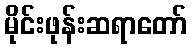
မိုင်းဖုန်းဆရာတော်